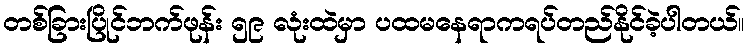
တစ်ခြားပြိုင်ဘက်ဖုန်း ၅၉ လုံးထဲမှာ ပထမနေရာကရပ်တည်နိုင်ခဲ့ပါတယ်။